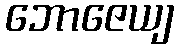
ဘောဇေယျ